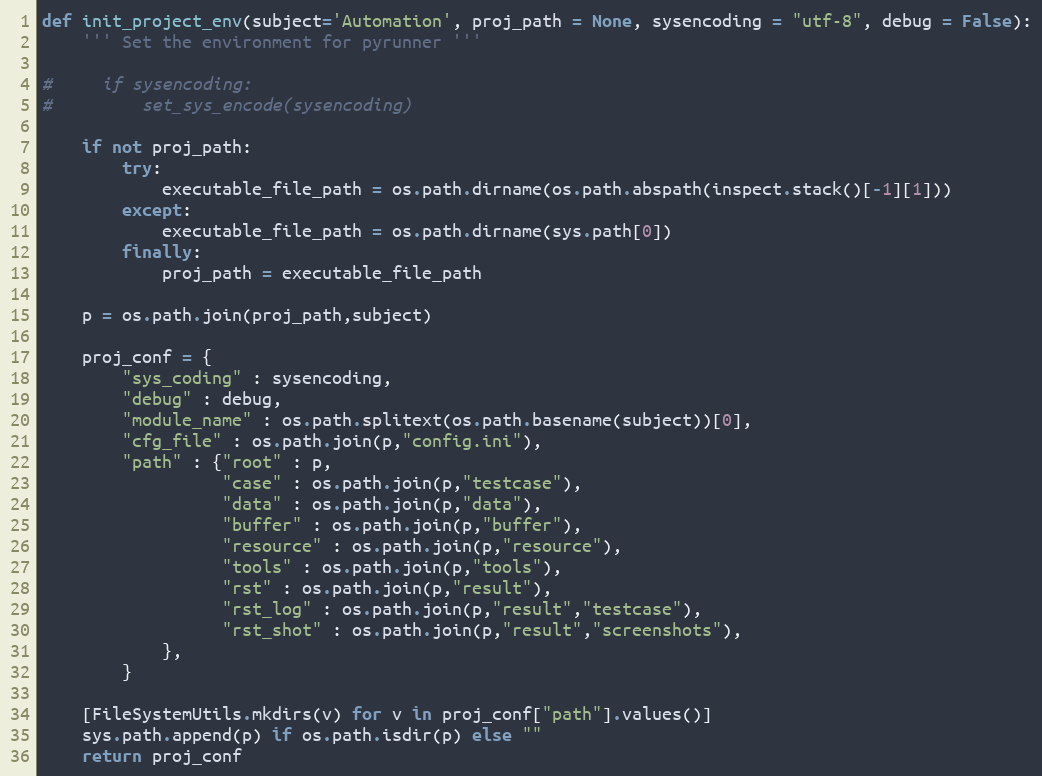
Language: Python
def init_project_env(subject='Automation', proj_path = None, sysencoding = "utf-8", debug = False):
    ''' Set the environment for pyrunner '''

#     if sysencoding:
#         set_sys_encode(sysencoding)

    if not proj_path:
        try:
            executable_file_path = os.path.dirname(os.path.abspath(inspect.stack()[-1][1]))
        except:
            executable_file_path = os.path.dirname(sys.path[0])
        finally:
            proj_path = executable_file_path

    p = os.path.join(proj_path,subject)

    proj_conf = {
        "sys_coding" : sysencoding,
        "debug" : debug,
        "module_name" : os.path.splitext(os.path.basename(subject))[0],
        "cfg_file" : os.path.join(p,"config.ini"),
        "path" : {"root" : p,
                  "case" : os.path.join(p,"testcase"),
                  "data" : os.path.join(p,"data"),
                  "buffer" : os.path.join(p,"buffer"),
                  "resource" : os.path.join(p,"resource"),
                  "tools" : os.path.join(p,"tools"),
                  "rst" : os.path.join(p,"result"),
                  "rst_log" : os.path.join(p,"result","testcase"),
                  "rst_shot" : os.path.join(p,"result","screenshots"),
            },
        }

    [FileSystemUtils.mkdirs(v) for v in proj_conf["path"].values()]
    sys.path.append(p) if os.path.isdir(p) else ""
    return proj_conf